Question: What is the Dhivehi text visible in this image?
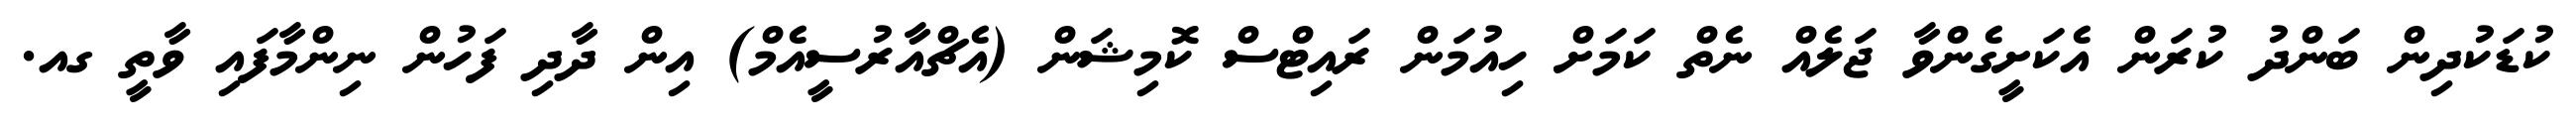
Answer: ކުޑަކުދިން ބަންދު ކުރަން އެކަށީގެންވާ ޖަލެއް ނެތް ކަމަށް ހިއުމަން ރައިޓްސް ކޮމިޝަން (އެޗްއާރުސީއެމް) އިން ދާދި ފަހުން ނިންމާފައި ވާތީ ގއ.